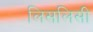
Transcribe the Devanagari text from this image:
लिसलिसी